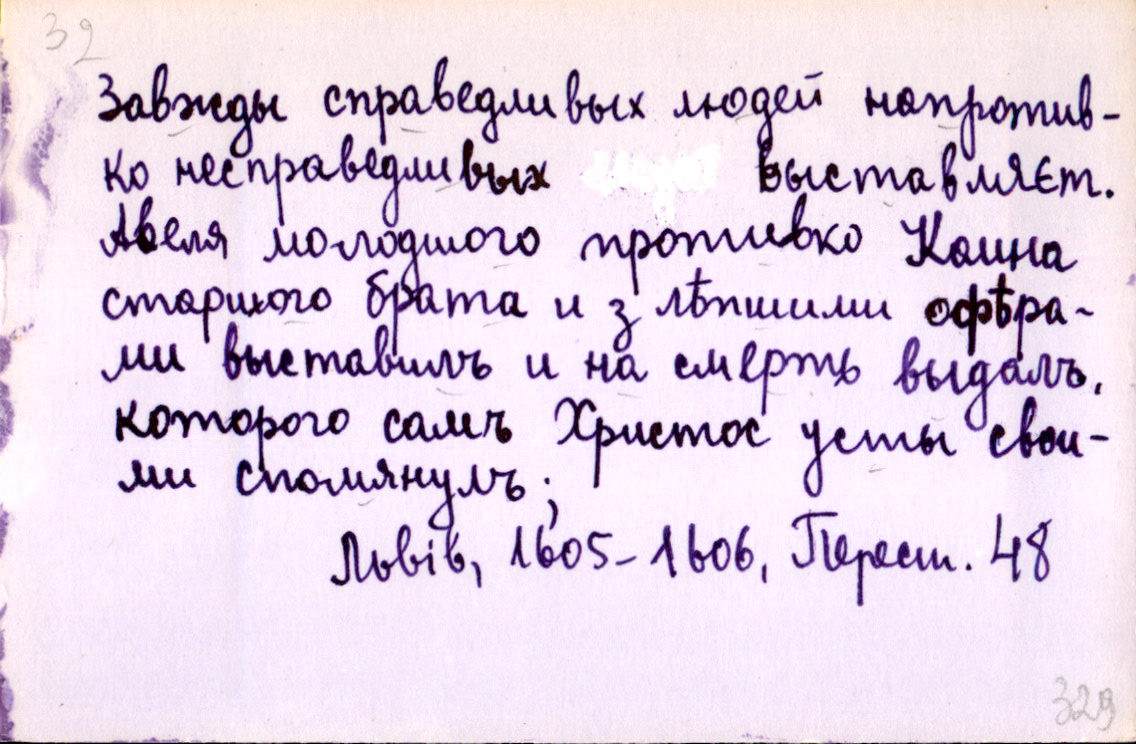
Завжды справедливых людей напротив-
ко несправедливых выставляєт.
Авеля молодшого противко Каина
старшого брата и з лѣпшими офѣра-
ми выставилъ и на смерть выдалъ,
которого самъ Христос усты свои-
ми спомянулъ;
Львів, 1605-1606, Перест. 48